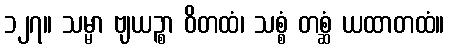
၁၂၇။ သမ္မာ ဗျယဉ္စာ ဝိတထံ၊ သစ္စံ တစ္ဆံ ယထာတထံ။